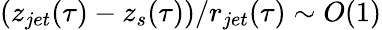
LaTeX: \left(z_{jet}(\tau)-z_{s}(\tau)\right)/r_{jet}(\tau)\sim O(1)